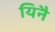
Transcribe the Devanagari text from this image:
यिनै